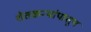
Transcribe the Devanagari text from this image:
शेतकऱ्यांपासून